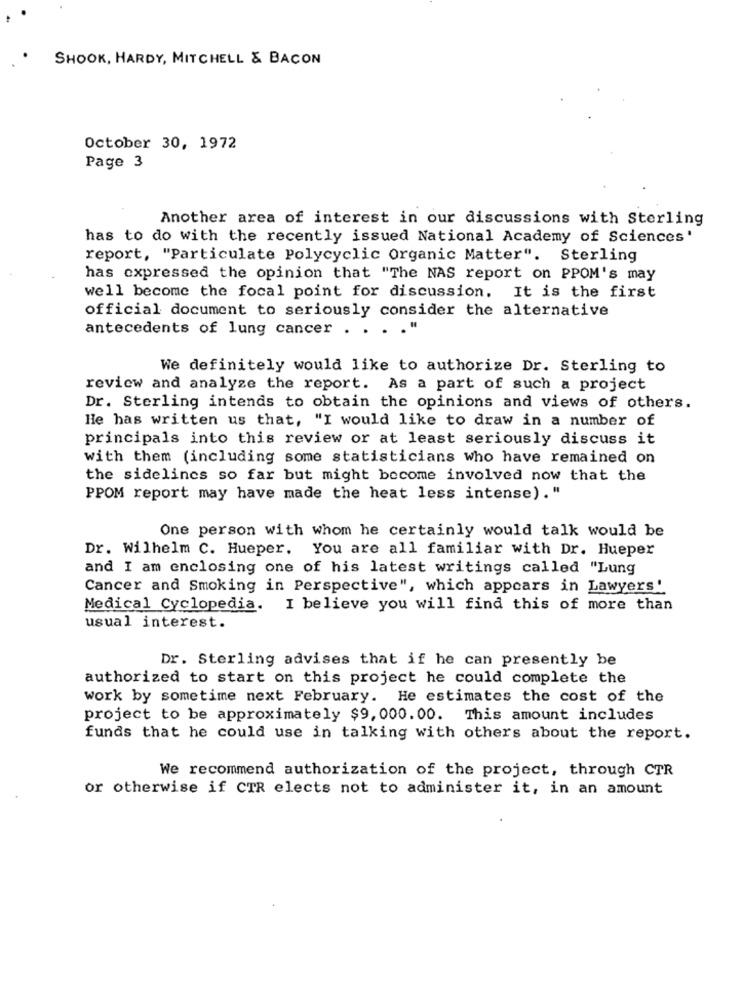
SHOOK, HARDY, MITCHELL & BACON
October 30, 1972
Page 3
Another area of interest in our discussions with Sterling
has to do with the recently issued National Academy of Sciences'
report, "Particulate Polycyclic Organic Matter". Sterling
has expressed the opinion that "The NAS report on PPOM's may
well become the focal point for discussion. It is the first
official document to seriously consider the alternative
antecedents of lung cancer . .
We definitely would like to authorize Dr. Sterling to
review and analyze the report. As a part of such a project
Dr. Sterling intends to obtain the opinions and views of others.
He has written us that, "I would like to draw in a number of
principals into this review or at least seriously discuss it
with them (including some statisticians who have remained on
the sidelines so far but might become involved now that the
PPOM report may have made the heat less intense)."
One person with whom he certainly would talk would be
Dr. Wilhelm C. Hueper. You are all familiar with Dr. Hueper
and I am enclosing one of his latest writings called "Lung
Cancer and Smoking in Perspective", which appears in Lawyers'
Medical Cyclopedia. I believe you will find this of more than
usual interest.
Dr. Sterling advises that if he can presently be
authorized to start on this project he could complete the
work by sometime next February. He estimates the cost of the
project to be approximately $9,000.00. This amount includes
funds that he could use in talking with others about the report.
We recommend authorization of the project, through CTR
or otherwise if CTR elects not to administer it, in an amount